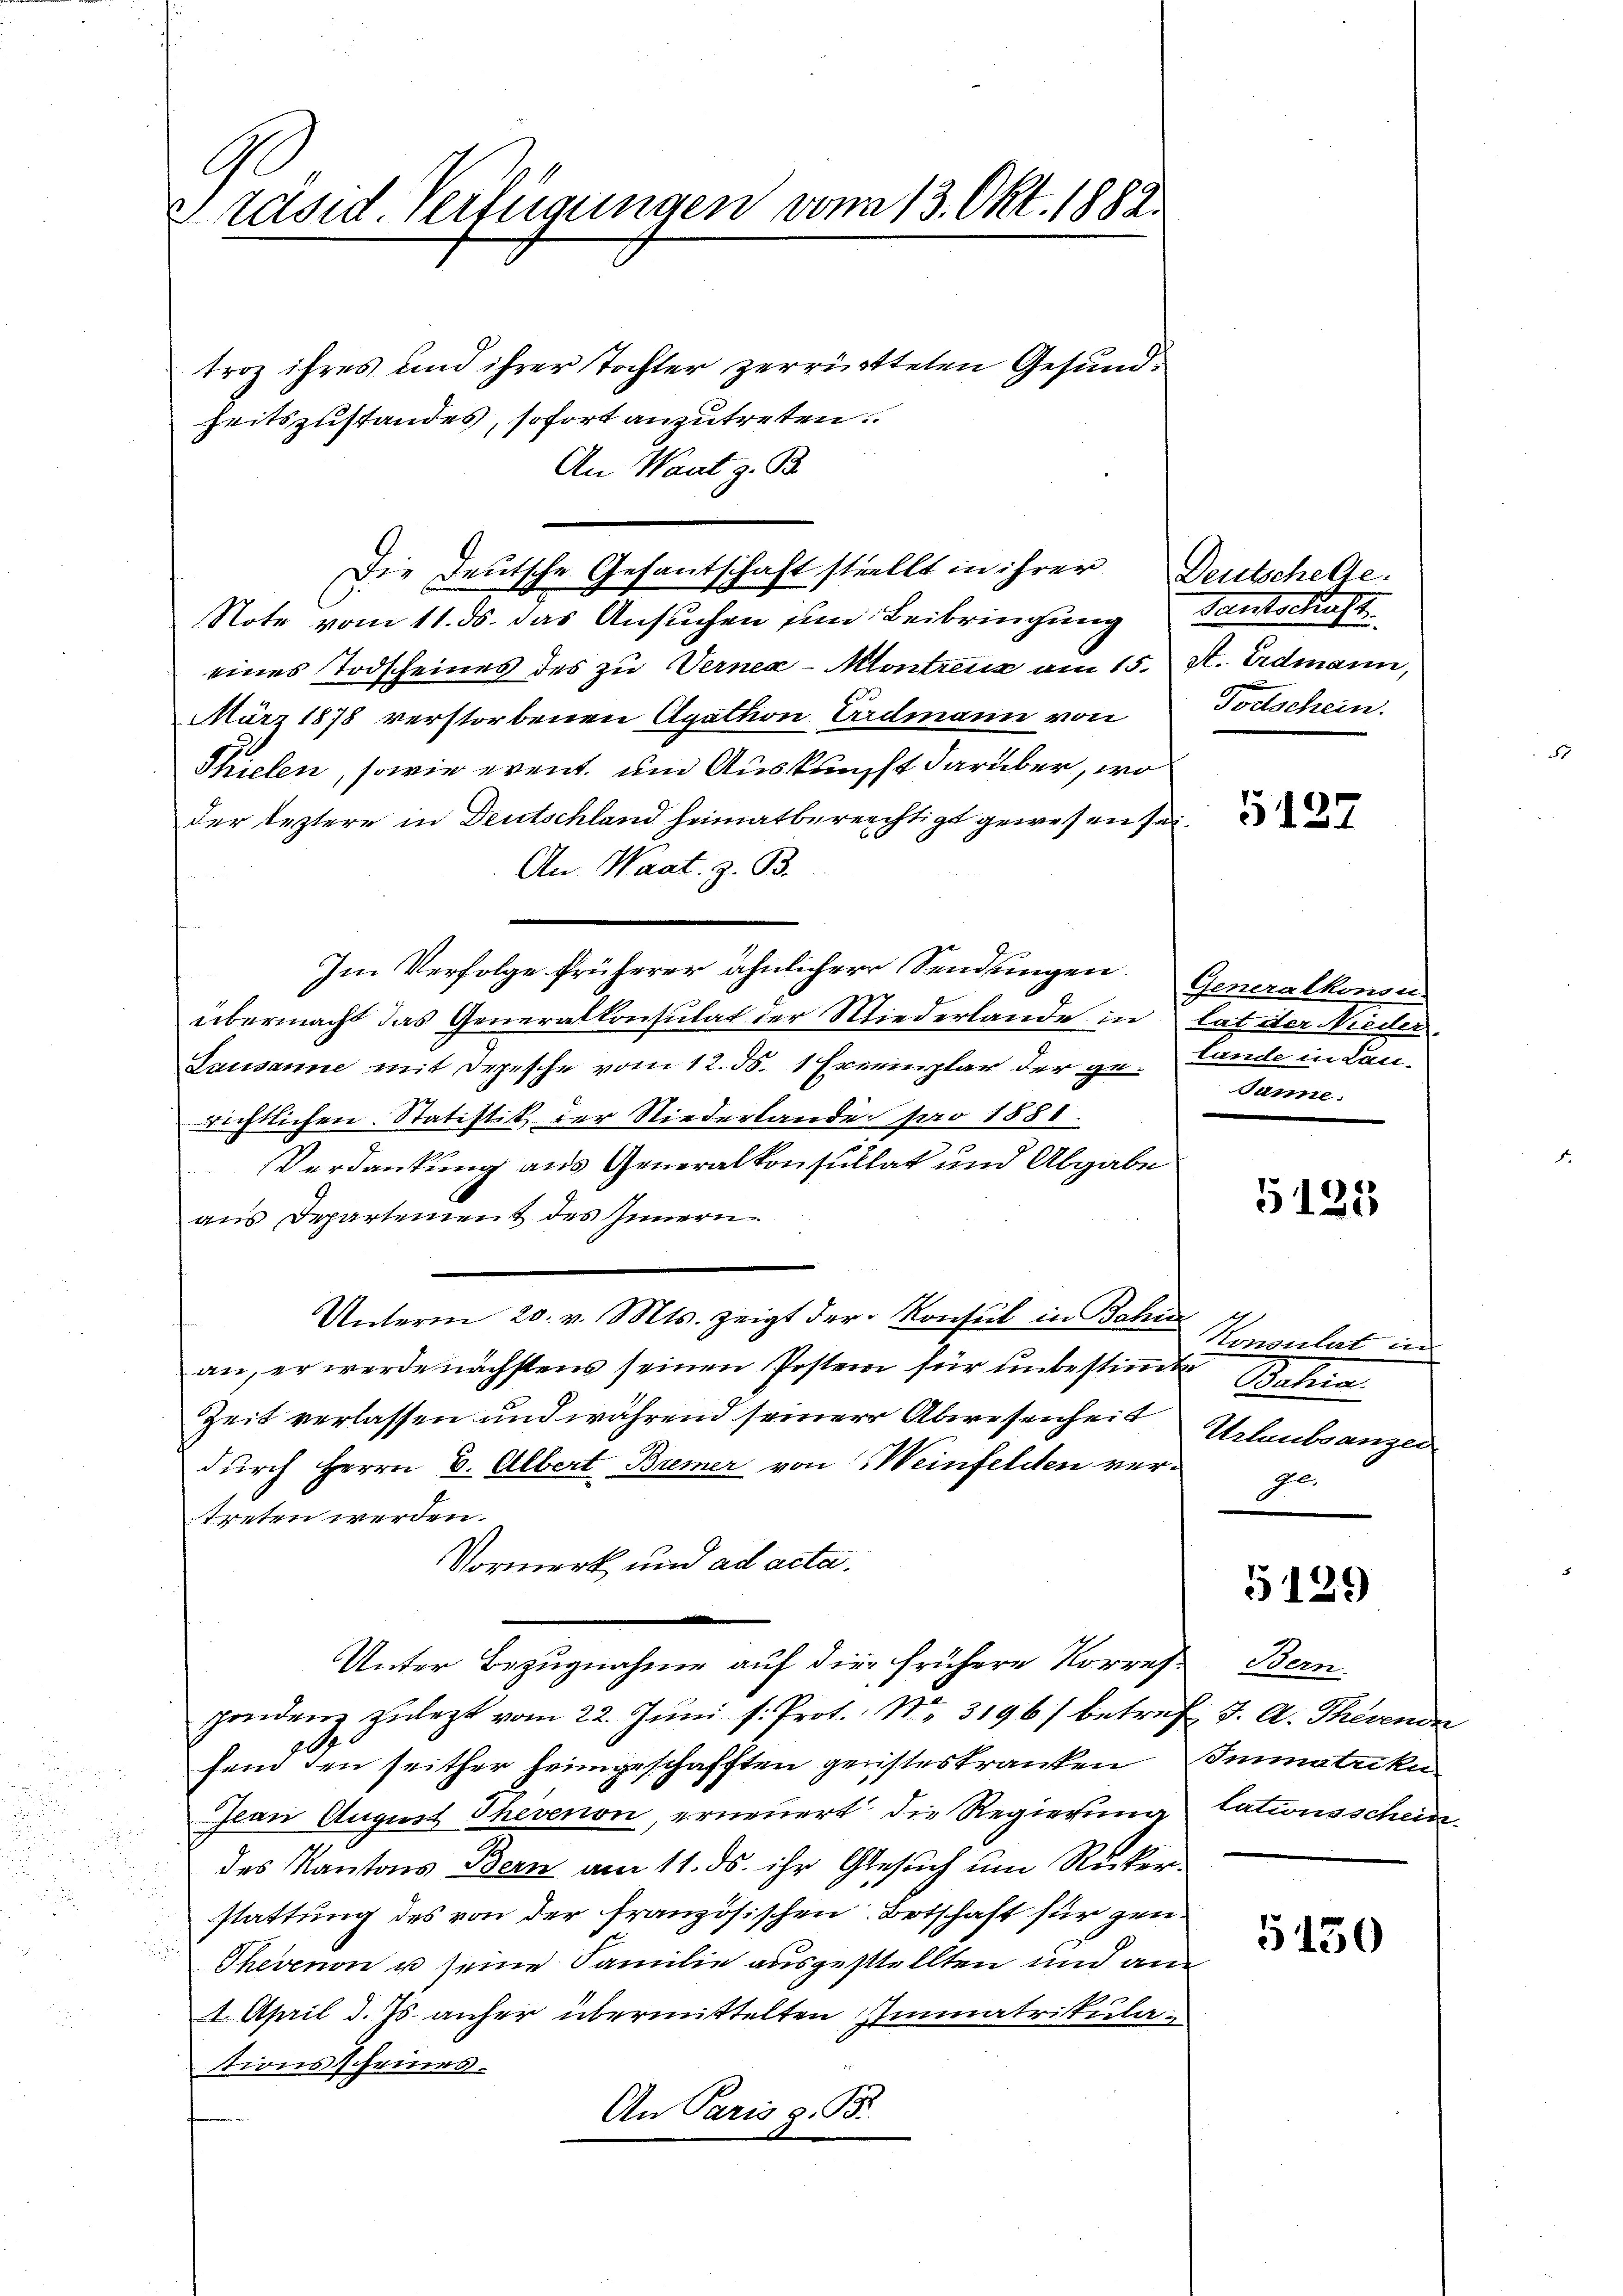
C
Präsid Verfügungen vom 13. Okt. 1882.

troz ihres und ihrer Tochter zerrückteten Gesundheitszustandes, sofort anzutreten.
An Waat z. B.
Note vom 11. ds. das Ansuchen und Beibringung Santschaft
eines Todscheines des zu Verner-Montreuz am 15. St. Erdmann,
März 1878 verstorbenen Agathon Čadmann von
Thielen, sowie event, und Auskunft darüber, wo
der leztere in Deutschland heimatbereichtigt gewesen sei.
An Waat. z. B.
Im Verfolge früherer ähnlicherr Sendungen Generalkonsu
übermacht das Generalkonsulat der Wiederlande in hat der Nieder
Lausanne mit Depesche vom 12. ds. 1 Exemplar der ge- Lande in Lanrrichtlichen Statistik der Niederlande Par 1881.
Verdankung aus Generalkonsultat und Abgabe
aus Departement des Innern
Unterm 20. v. Mts. zeigt der Konsul in Behin
an, er werde nächstens seinen Postern für unbestimmte hin
Zeit verlassen und während seiner Abwesenheit
durch Herrn B. Albert Bremer von Weinfelden vertreten werden.
Vormerk und ad acta.
Unter Bezugnahme auf die frühere Korrespondenz zulezt vom 22. Juni s. Prot. Nr. 3196) betref J. A. Thesende
sein den seither heimgeschafften geristeskranken Sommatriku
Jean August Thevenon, erneuert die Regierung
des Kantons Bern am 11. ds. ihr Gesuch um Rückerstattung des von der französischen Botschaft für gen.
Thevenon u seine Familie ausgestellten und an¬
1. April d. Js. anher übermittelten Immatrikulationsscheines.
An Paris z. B.

Die Deutsche Gesantschaft stellt in ihrer

Deutschelte.
Todtschein.

5127

Junne.

5123

Konsulat in
Urlenbranzen
ge.

5129

Bern.
lationsschein.

5130